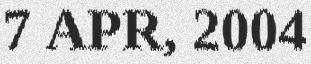
7 APR, 2004